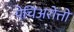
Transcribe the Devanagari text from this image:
पेचिअरोत्तो